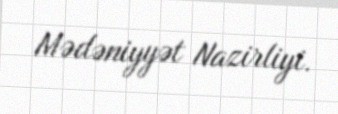
Mədəniyyət Nazirliyi.